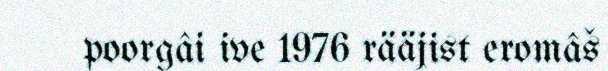
poorgâi ive 1976 rääjist eromâš